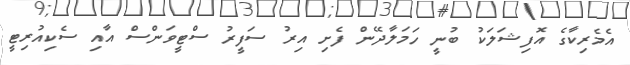
އެމެރިކާގެ އޮފިޝަލަކު ބުނީ ހަމަލާދޭން ފެށި އިރު ސަފީރު ސްޓީވަންސް އާއި ސެކިއުރިޓީ